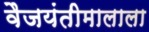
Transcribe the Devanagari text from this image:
वैजयंतीमालाला